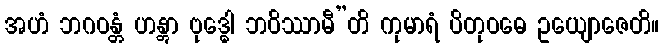
အဟံ ဘဂဝန္တံ ဟန္တွာ ဗုဒ္ဓေါ ဘဝိဿာမီ”တိ ကုမာရံ ပိတုဝဓေ ဥယျောဇေတိ။